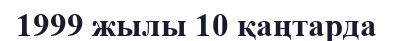
1999 жылы 10 қаңтарда